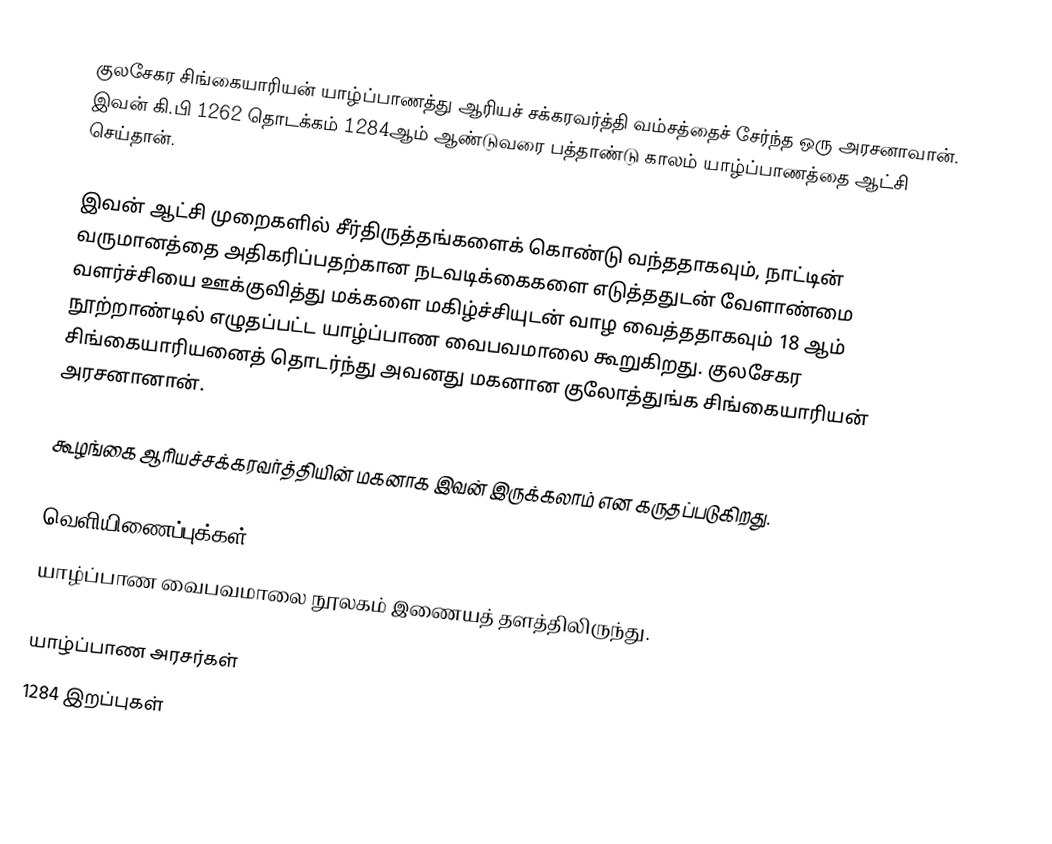
குலசேகர சிங்கையாரியன் யாழ்ப்பாணத்து ஆரியச் சக்கரவர்த்தி வம்சத்தைச் சேர்ந்த ஒரு அரசனாவான். இவன் கி.பி 1262 தொடக்கம் 1284ஆம் ஆண்டுவரை பத்தாண்டு காலம் யாழ்ப்பாணத்தை ஆட்சி செய்தான்.

இவன் ஆட்சி முறைகளில் சீர்திருத்தங்களைக் கொண்டு வந்ததாகவும், நாட்டின் வருமானத்தை அதிகரிப்பதற்கான நடவடிக்கைகளை எடுத்ததுடன் வேளாண்மை வளர்ச்சியை ஊக்குவித்து மக்களை மகிழ்ச்சியுடன் வாழ வைத்ததாகவும் 18 ஆம் நூற்றாண்டில் எழுதப்பட்ட யாழ்ப்பாண வைபவமாலை கூறுகிறது. குலசேகர சிங்கையாரியனைத் தொடர்ந்து அவனது மகனான குலோத்துங்க சிங்கையாரியன் அரசனானான்.

கூழங்கை ஆரியச்சக்கரவர்த்தியின் மகனாக இவன் இருக்கலாம் என கருதப்படுகிறது.

வெளியிணைப்புக்கள்
 யாழ்ப்பாண வைபவமாலை  நூலகம் இணையத் தளத்திலிருந்து.

யாழ்ப்பாண அரசர்கள்
1284 இறப்புகள்